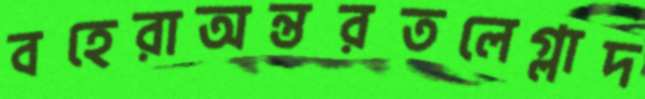
বহেরাঅন্তরতলেগ্লাদ